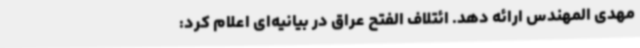
مهدی المهندس ارائه دهد. ائتلاف الفتح عراق در بیانیه‌ای اعلام کرد: